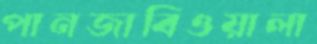
পানজাবিওয়ালা